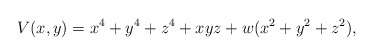
\begin{align*}V(x,y) = x^4+y^4+z^4+ xyz + w(x^2+y^2+z^2),\end{align*}